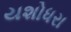
યશોધરા